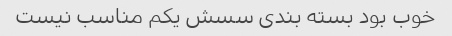
خوب بود بسته بندی سسش یکم‌ مناسب نیست